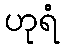
ဟုရံ